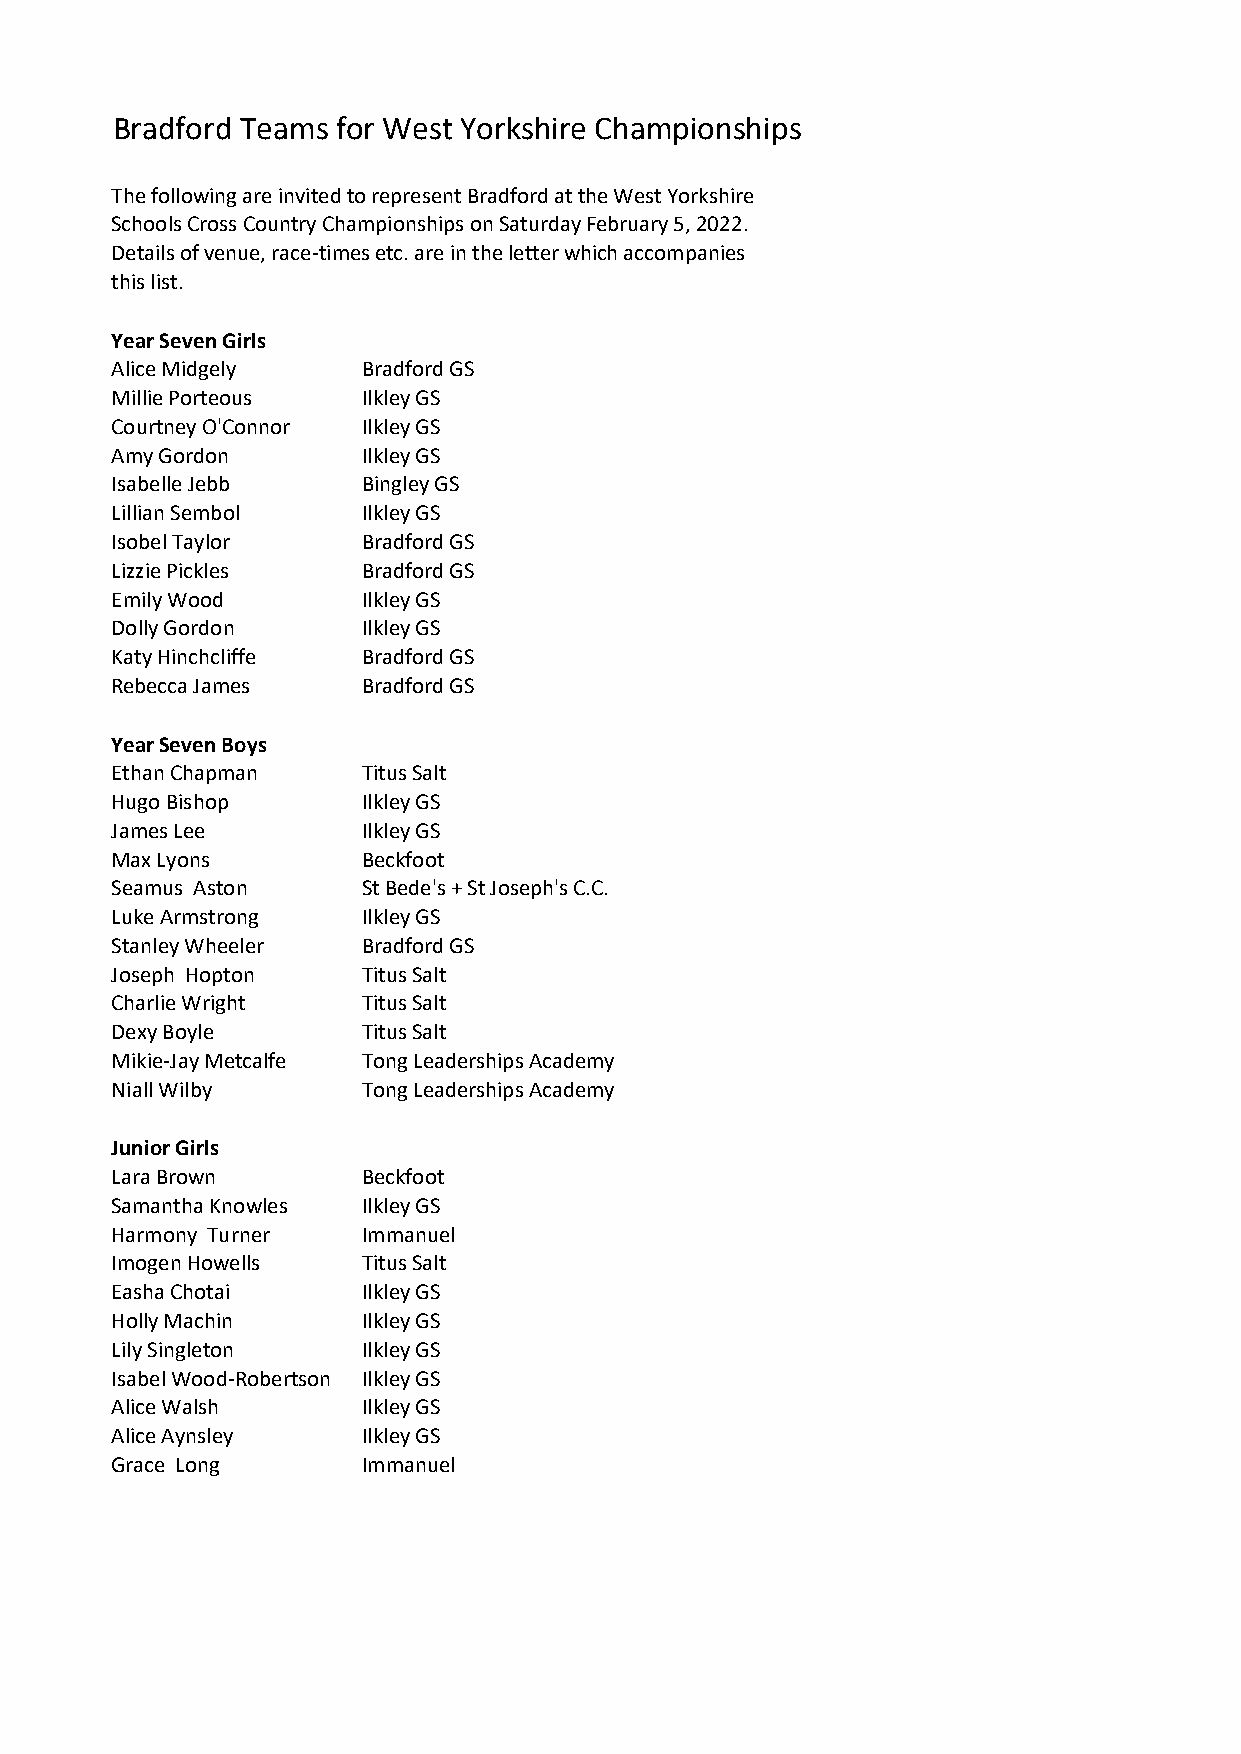
Bradford Teams for West Yorkshire Championships
 The following are invited to represent Bradford at the West Yorkshire
 Schools Cross Country Championships on Saturday February 5, 2022.
 Details of venue, race-times etc. are in the letter which accompanies
 this list.
 Year Seven Girls
 Alice Midgely    Bradford GS
 Millie Porteous  Ilkley GS
 Courtney O'Connor Ilkley GS
 Amy Gordon       Ilkley GS
 Isabelle Jebb    Bingley GS
 Lillian Sembol   Ilkley GS
 Isobel Taylor    Bradford GS
 Lizzie Pickles   Bradford GS
 Emily Wood       Ilkley GS
 Dolly Gordon     Ilkley GS
 Katy Hinchcliffe Bradford GS
 Rebecca James    Bradford GS
 Year Seven Boys
 Ethan Chapman    Titus Salt
 Hugo Bishop      Ilkley GS
 James Lee        Ilkley GS
 Max Lyons        Beckfoot
 Seamus Aston     St Bede's + St Joseph's C.C.
 Luke Armstrong   Ilkley GS
 Stanley Wheeler  Bradford GS
 Joseph Hopton    Titus Salt
 Charlie Wright   Titus Salt
 Dexy Boyle       Titus Salt
 Mikie-Jay Metcalfe Tong Leaderships Academy
 Niall Wilby      Tong Leaderships Academy
 Junior Girls
 Lara Brown       Beckfoot
 Samantha Knowles Ilkley GS
 Harmony Turner   Immanuel
 Imogen Howells   Titus Salt
 Easha Chotai     Ilkley GS
 Holly Machin     Ilkley GS
 Lily Singleton   Ilkley GS
 Isabel Wood-Robertson Ilkley GS
 Alice Walsh      Ilkley GS
 Alice Aynsley    Ilkley GS
 Grace Long       Immanuel